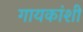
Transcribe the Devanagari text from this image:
गायकांशी